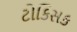
ટોકિસક